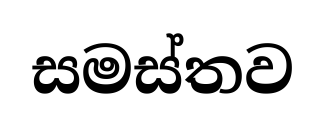
සමස්තව